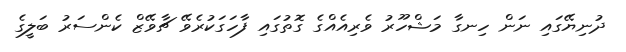
ދުނިޔޭގައި ނަން ހިނގާ މަޝްހޫރު ވެރިއެއްގެ ގޮތުގައި ފާހަގަކުރެވޭ ޗާވޭޒް ކެންސަރު ބަލީގެ